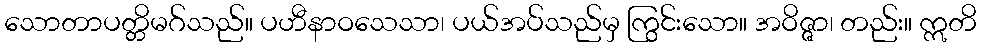
သောတာပတ္တိမဂ်သည်။ ပဟီနာဝသေသာ၊ ပယ်အပ်သည်မှ ကြွင်းသော။ အဝိဇ္ဇာ၊ တည်း။ ဣတိ